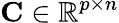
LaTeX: \mathbf{C}\in\mathbb{R}^{p\times n}